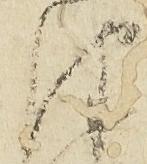
律